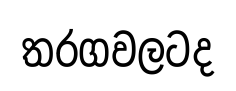
තරගවලටද